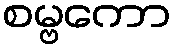
စမ္ဗကော